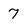
Character: 7